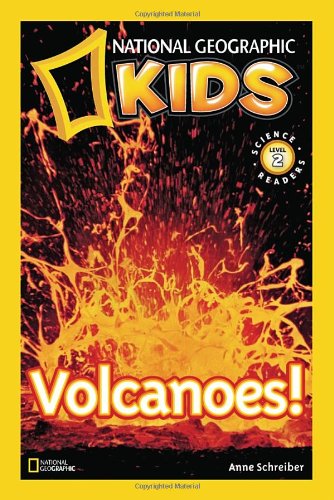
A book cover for Volcanoes! (National Geographic Readers); Anne Schreiber; Children's Books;